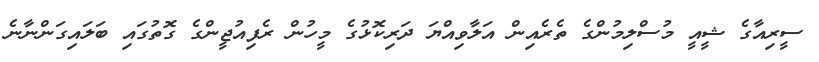
ސީރިއާގެ ޝީއީ މުސްލިމުންގެ ތެރެއިން އަލާވިއްޔަ ދަރިކޮޅުގެ މީހުން ރެފިއުޖީންގެ ގޮތުގައި ބަލައިގަންނާނެ